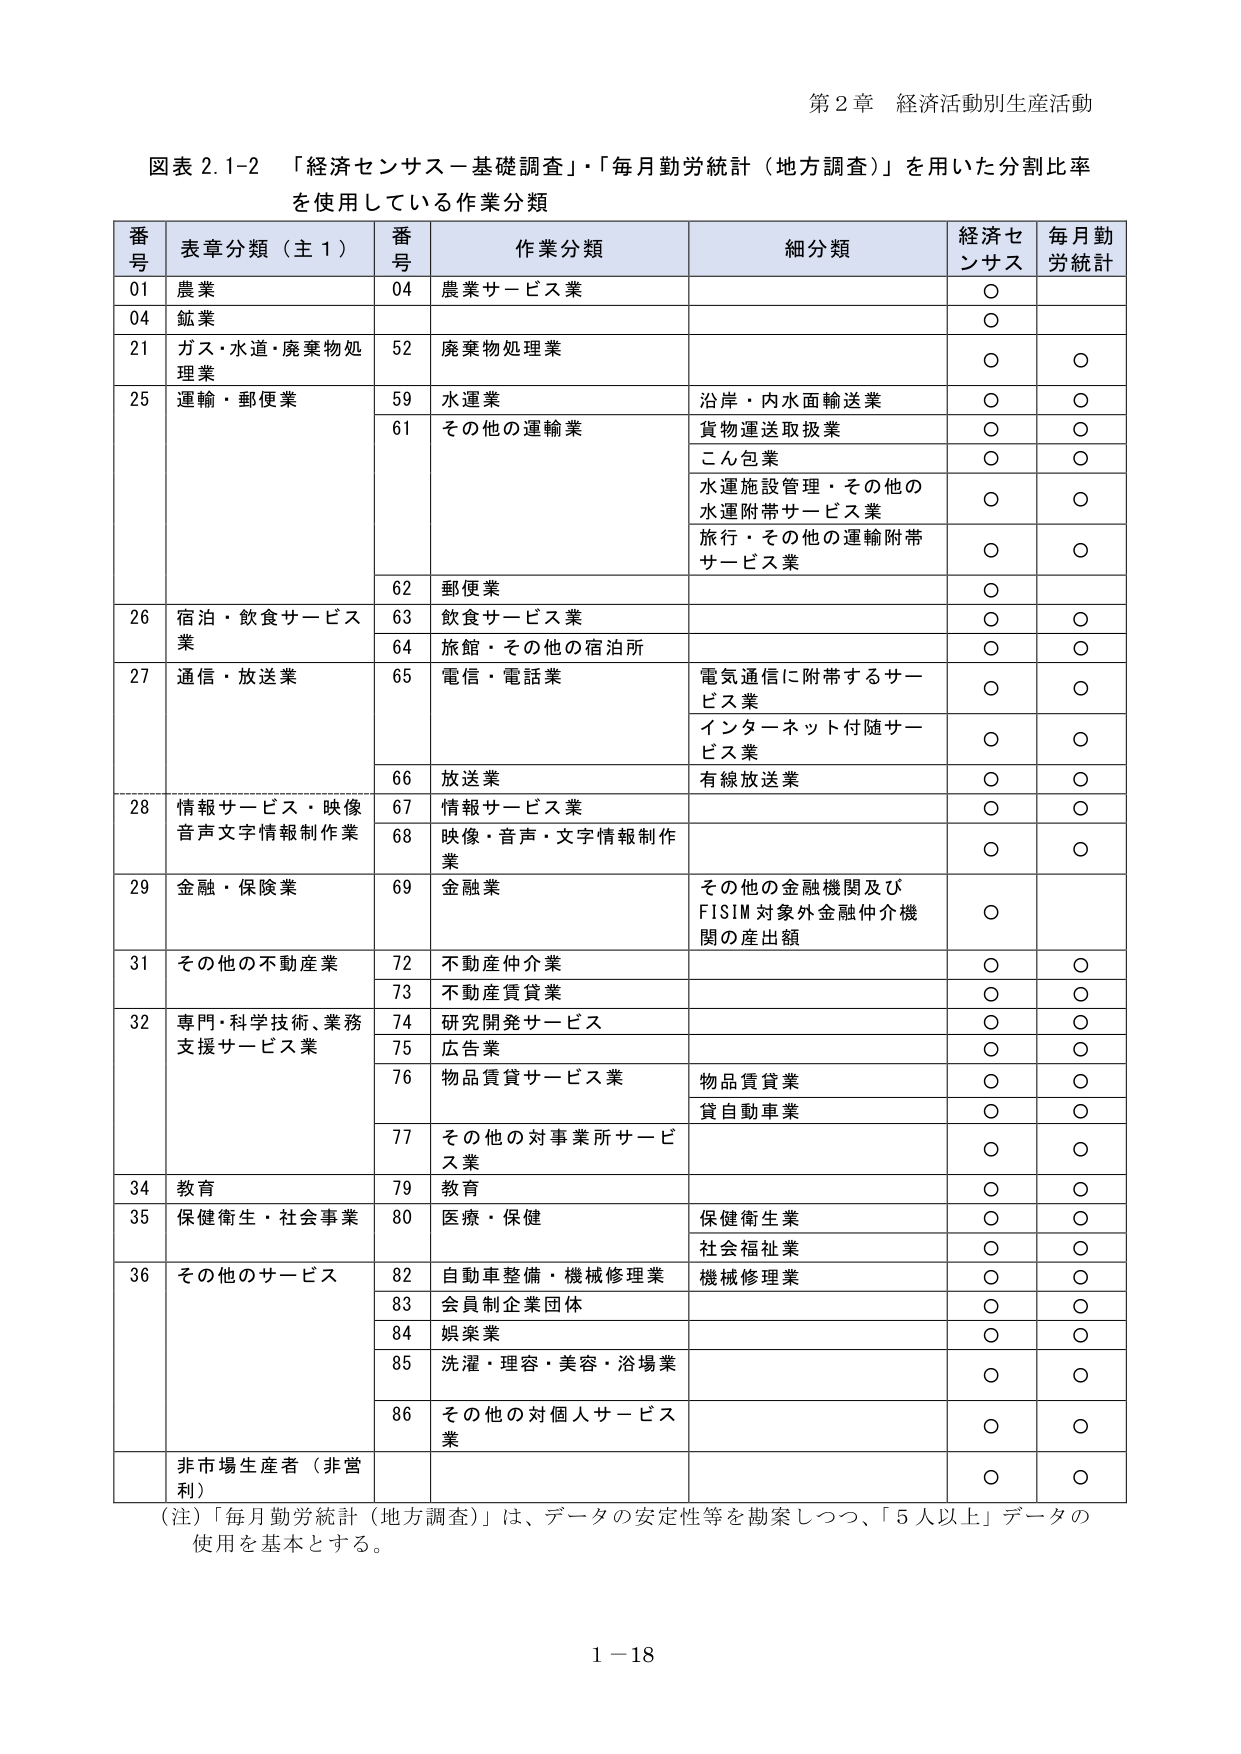
第２章 経済活動別生産活動

図表 2.1-2 「経済センサス－基礎調査」・「毎月勤労統計（地方調査）」を用いた分割比率
を使用している作業分類

番号 表章分類（主１） 番号 作業分類 細分類 経済センサス 毎月勤労統計
01 農業 04 農業サービス業 ○
04 鉱業 ○
21 ガス・水道・廃棄物処理業 52 廃棄物処理業 ○ ○
25 運輸・郵便業 59 水運業 沿岸・内水面輸送業 ○ ○
61 その他の運輸業 貨物運送取扱業 ○ ○
こん包業 ○ ○
水運施設管理・その他の水運附帯サービス業 ○ ○
旅行・その他の運輸附帯サービス業 ○ ○
62 郵便業 ○
26 宿泊・飲食サービス業 63 飲食サービス業 ○ ○
64 旅館・その他の宿泊所 ○ ○
27 通信・放送業 65 電信・電話業 電気通信に附帯するサービス業 ○ ○
インターネット付随サービス業 ○ ○
66 放送業 有線放送業 ○ ○
28 情報サービス・映像音声文字情報制作業 67 情報サービス業 ○ ○
68 映像・音声・文字情報制作業 ○ ○
29 金融・保険業 69 金融業 その他の金融機関及びFISIM対象外金融仲介機関の産出額 ○
31 その他の不動産業 72 不動産仲介業 ○ ○
73 不動産賃貸業 ○ ○
32 専門・科学技術、業務支援サービス業 74 研究開発サービス ○ ○
75 広告業 ○ ○
76 物品賃貸サービス業 物品賃貸業 ○ ○
貸自動車業 ○ ○
77 その他の対事業所サービス業 ○ ○
34 教育 79 教育 ○ ○
35 保健衛生・社会事業 80 医療・保健 保健衛生業 ○ ○
社会福祉業 ○ ○
36 その他のサービス 82 自動車整備・機械修理業 機械修理業 ○ ○
83 会員制企業団体 ○ ○
84 娯楽業 ○ ○
85 洗濯・理容・美容・浴場業 ○ ○
86 その他の対個人サービス業 ○ ○
非市場生産者（非営利） ○ ○

（注）「毎月勤労統計（地方調査）」は、データの安定性等を勘案しつつ、「5人以上」データの使用を基本とする。

1－18